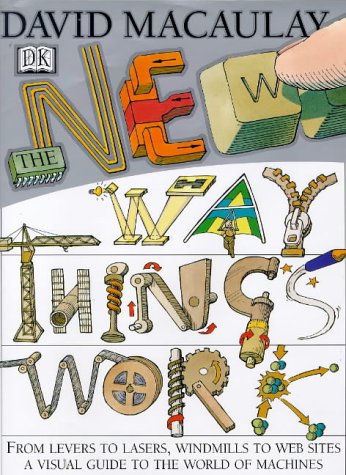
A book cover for The New Way Things Work; David Macaulay; Children's Books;